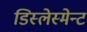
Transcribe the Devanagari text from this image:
डिस्लेस्मेन्ट